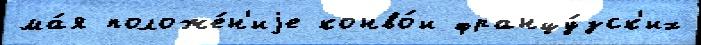
ма́я положе́н'иjе конво́и францу́зск'их